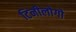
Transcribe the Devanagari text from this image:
टिनीलोगो